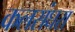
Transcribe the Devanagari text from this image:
कलसंघरा